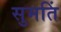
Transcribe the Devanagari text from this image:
सुमतिं